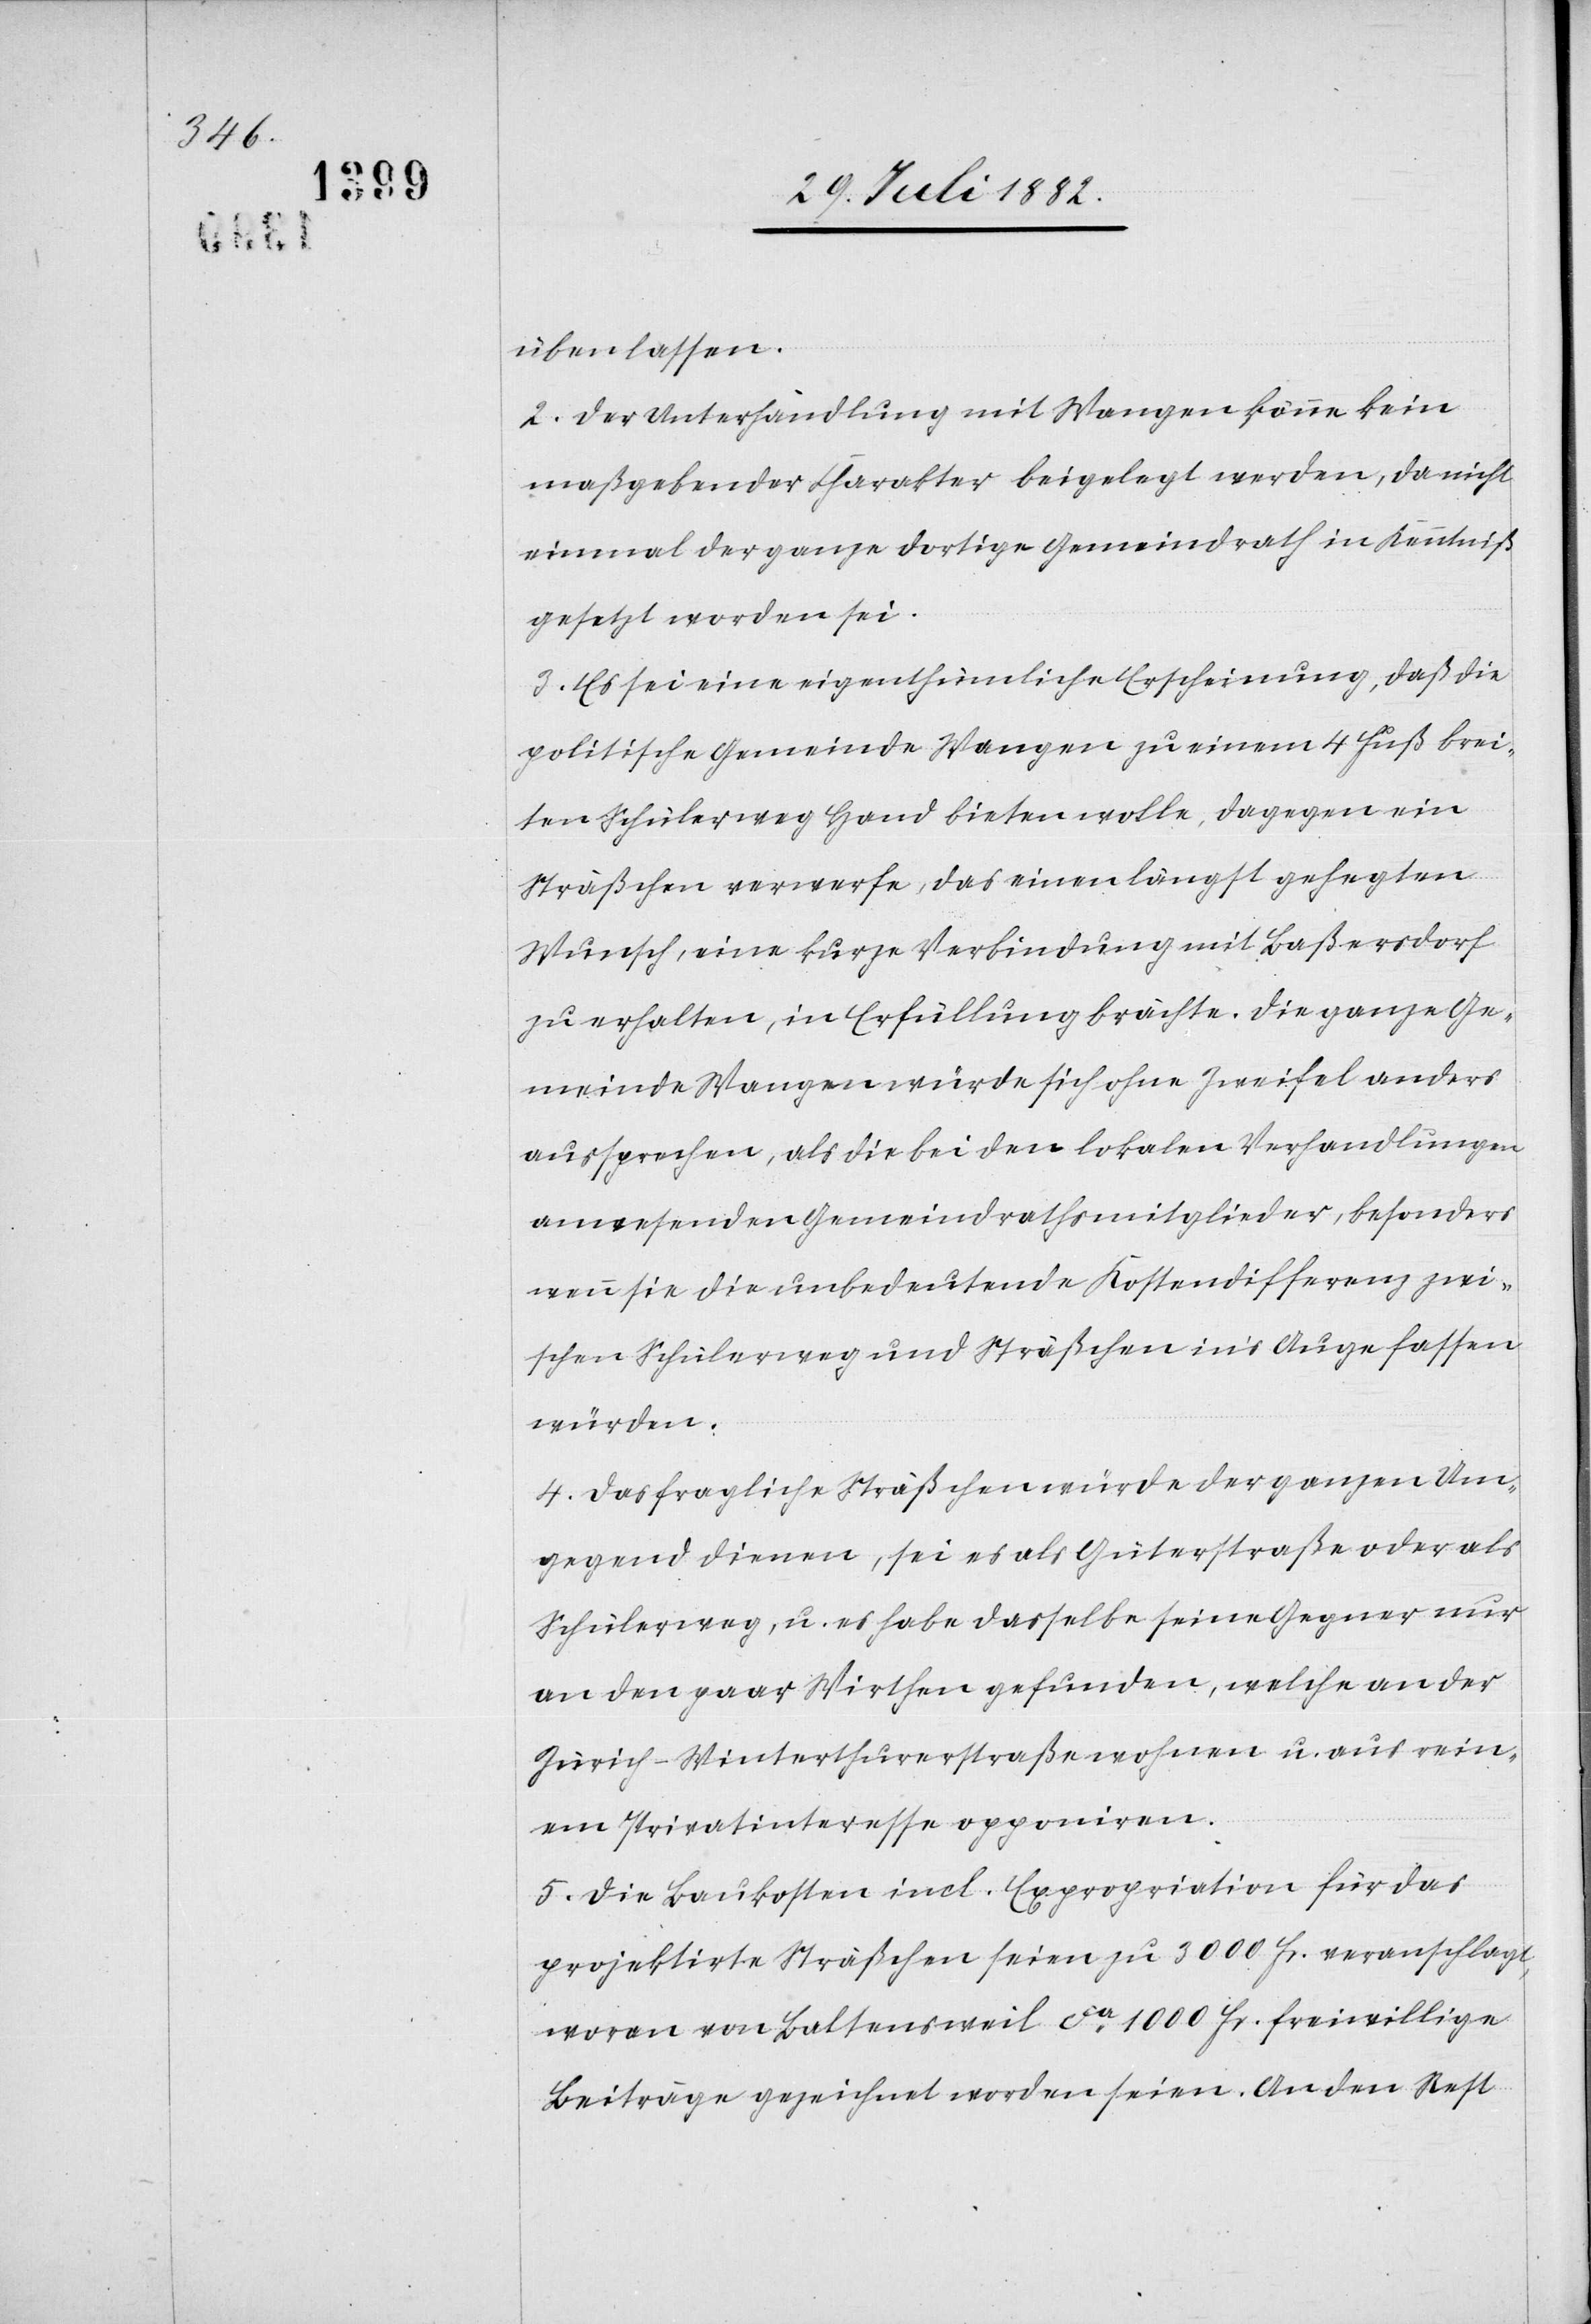
üben lassen.
2. Der Unterhandlung mit Wangen könne kein
maßgebender Charakter beigelegt werden, da nicht
einmal der ganze dortige Gemeindrath in Kenntniß
gesetzt worden sei.
3. Es sei eine eigenthümliche Erscheinung, daß die
politische Gemeinde Wangen zu einem 4 Fuß brei¬
ten Schülerweg Hand bieten wolle, dagegen ein
Sträßchen verwerfe, das einen längst gehegten
Wunsch, eine kurze Verbindung mit Baßersdorf
zu erhalten, in Erfüllung brächte. Die ganze Ge¬
meinde Wangen würde sich ohne Zweifel anders
aussprechen, als die bei den lokalen Verhandlungen
anwesenden Gemeindrathsmitglieder, besonders
wenn sie die unbedeutende Kostendifferenz zwi¬
schen Schülerweg und Sträßchen in’s Auge fassen
würden.
4. Das fragliche Sträßchen würde der ganzen Um¬
gegend dienen, sei es als Güterstraße oder als
Schülerweg, u. es habe dasselbe seine Gegner nur
an den paar Wirthen gefunden, welche an der
Zürich–Winterthurerstraße wohnen u. aus rein¬
em Privatinteresse opponiren.
5. Die Baukosten incl. Expropriation für das
projektirte Sträßchen seien zu 3000 Fr. veranschlagt,
woran von Baltensweil ca 1000 Fr. freiwillige
Beiträge gezeichnet worden seien. An den Rest